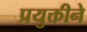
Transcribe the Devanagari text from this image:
प्रयुक्तीने